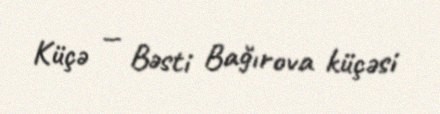
Küçə — Bəsti Bağırova küçəsi